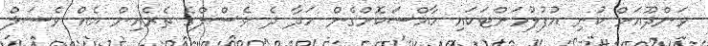
ވަންދޫއަށް ކުނި އުފުލުމަށްޓަކައި ހާއްސަކޮށްގެން ހަދާ ދެ ވެސްލްގެ ތެރެއިން އެއް ވެސަލް